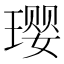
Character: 璎